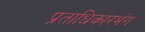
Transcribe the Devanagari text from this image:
प्रताधिकारभंग